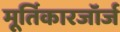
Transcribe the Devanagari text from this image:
मूर्तिकारजॉर्ज